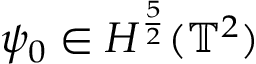
\psi _ { 0 } \in H ^ { \frac { 5 } { 2 } } ( \mathbb { T } ^ { 2 } )